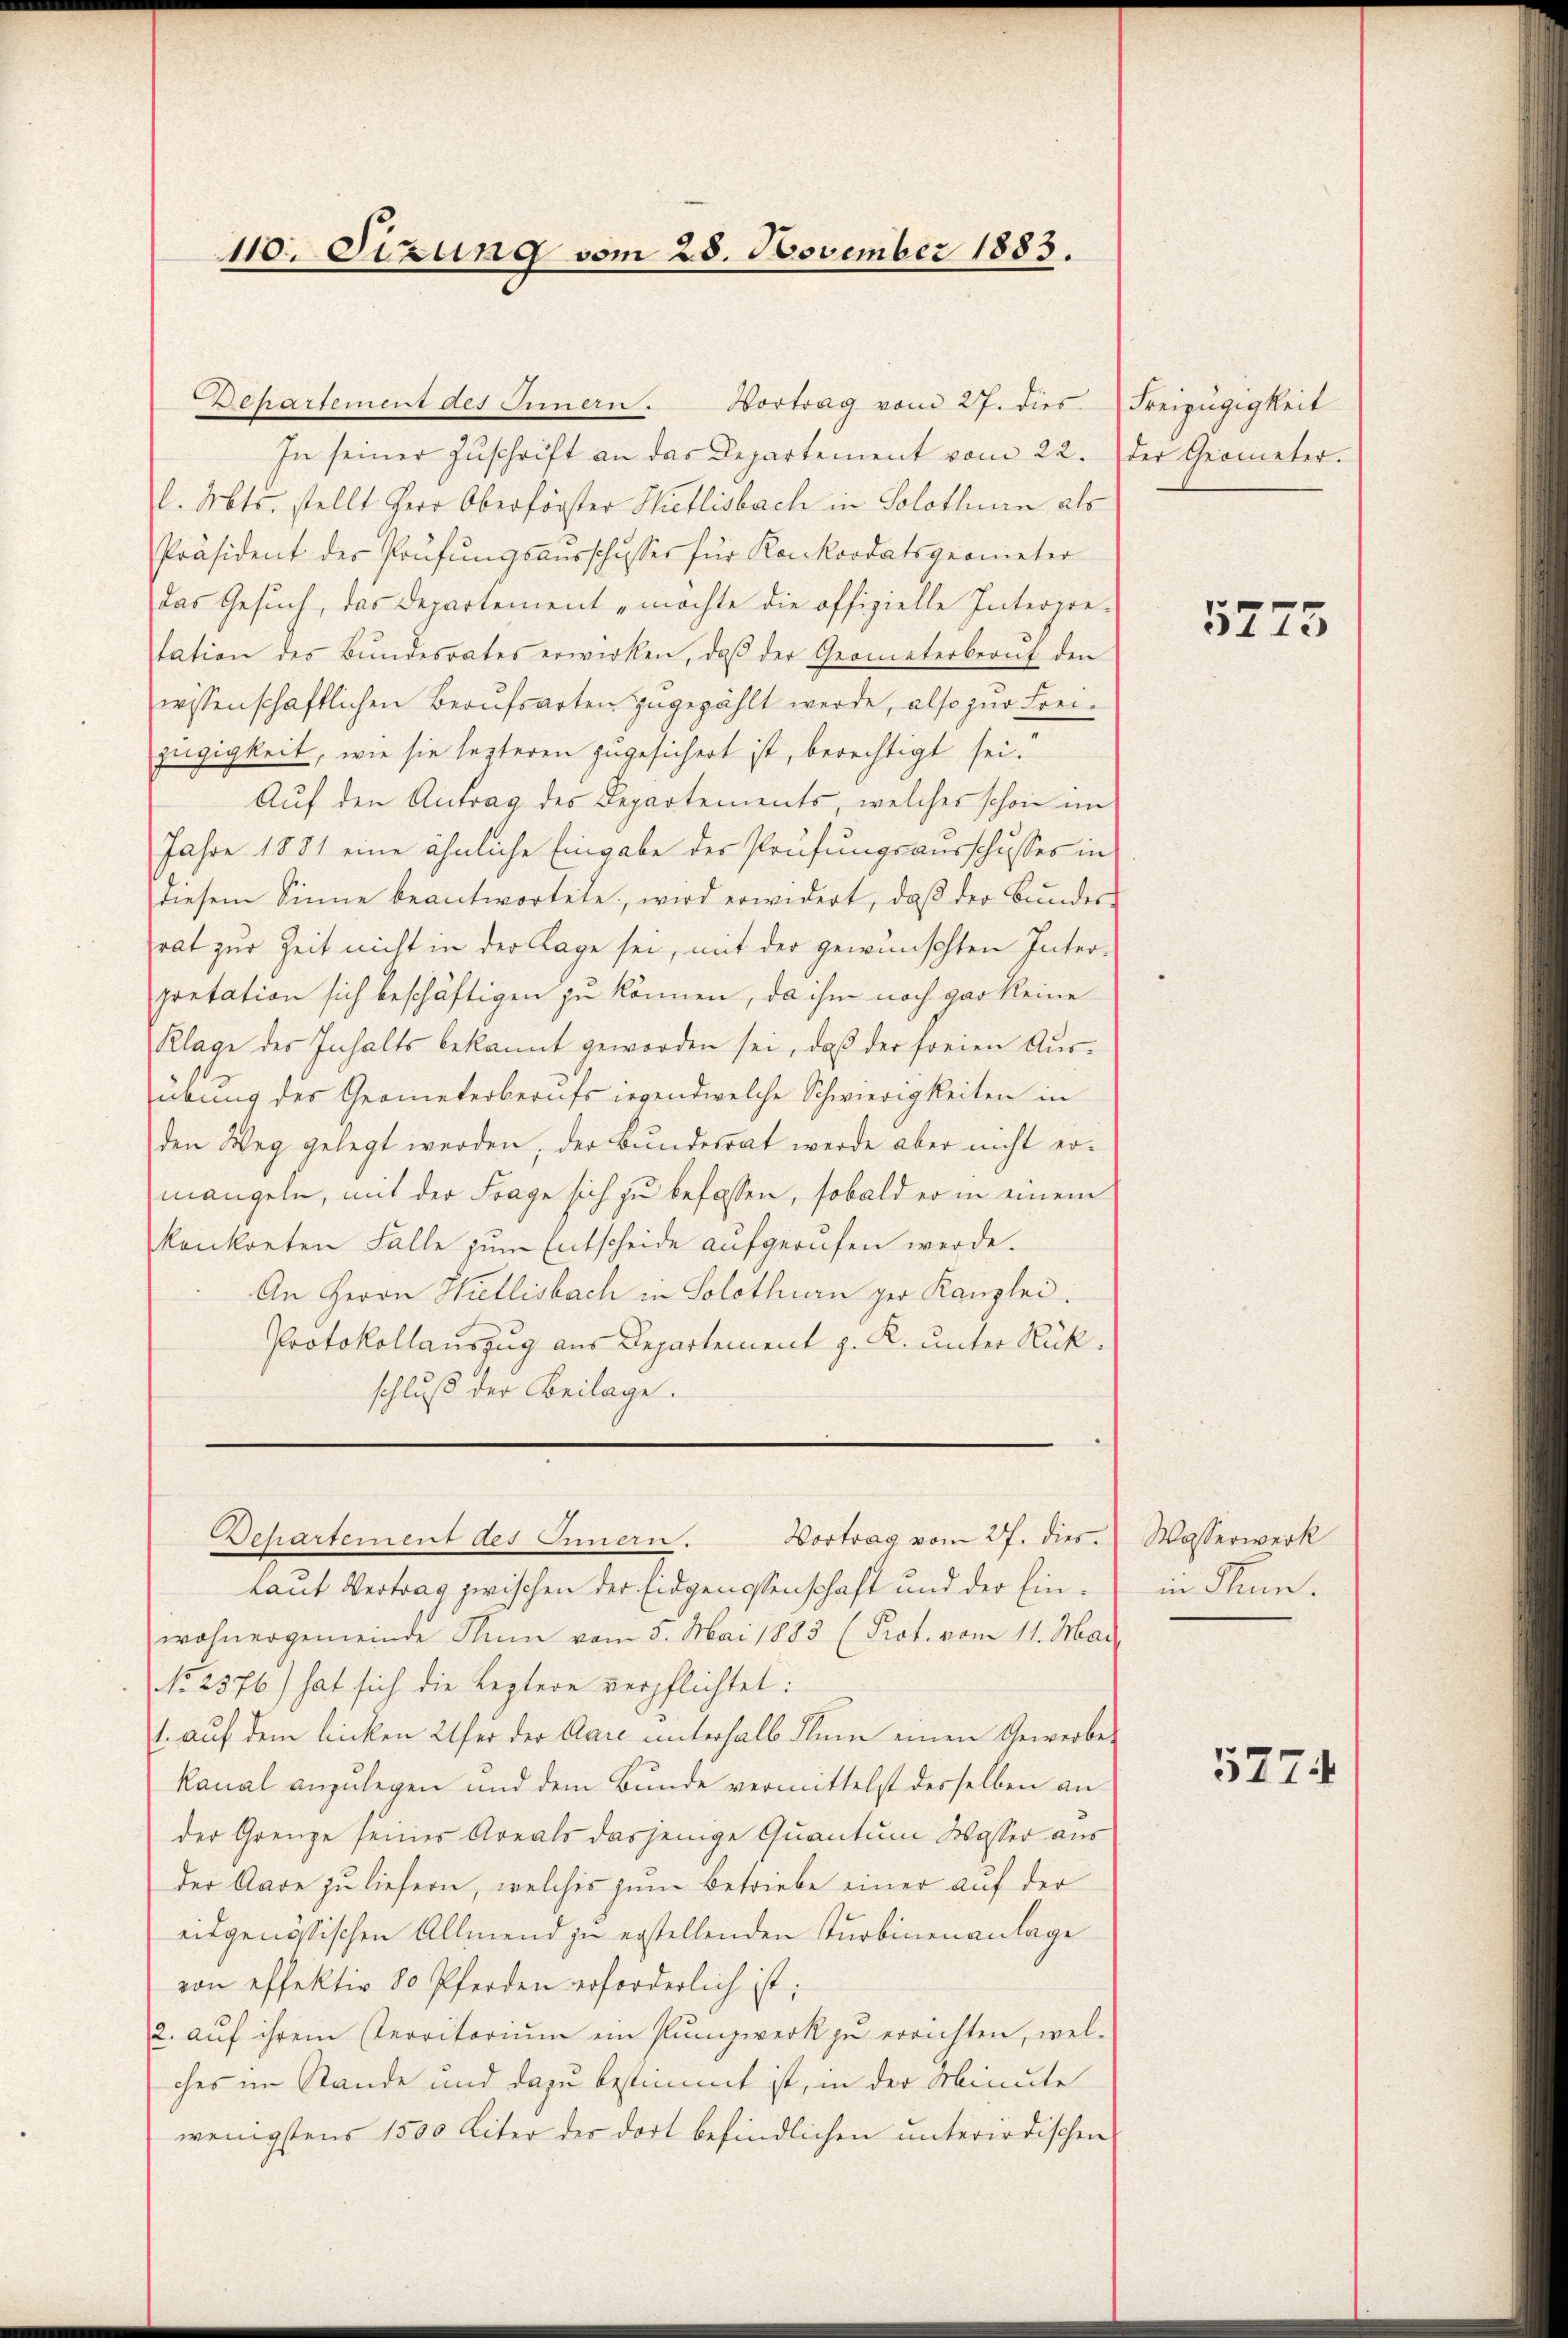
Dehartement des Innern. Hortrag vom 27. dies
In seiner Zŭschrift an das Departement vom 22. der Geometer.
l. Mts. stellt Herr Oberförster Mietlisbach in Solothurn als
Präsident der Prüfŭngsaŭsschusser für Konkordatsgeometer
das Gesuch, das Departement möchte die offizielle Interpretation des Bŭndesrates erwirken, daβ der Geometerberuf den
wissenschaftlichen Berufsarten zugezählt werde, also zur Freizügigkeit, wie sie lezteren zugesichert ist, berechtigt sei.
Auf den Antrag des Departements, welches schon im
Jahre 1881 eine ähnliche Eingabe der Prüfungsausschusses in
diesem Sinne beantwortete, wird erwidert, daβ der Bŭndes-
rat zur Zeit nicht in der Lage sei, mit der gewünschten Inter-
pretation sich beschäftigen zu können, da ihm noch gar keine
Klage des Inhalts bekannt geworden sei, daß der freien Ausübung des Geometerberufs irgendwelche Schwierigkeiten in
den Weg gelegt werden, der Bundesrat werde aber nicht ermangeln, mit der Frage sich zu befassen, sobald er in einem
konkreten Falle zum Entscheide aufgerufen werde.
An Herrn Willisbach in Solothurn ger Kanzlei.
Protokollauszug aus Departement z. R. unter Rükschluß der Beilage.

110. Sizung vom 28. November 1883.

Departement des Innern. Vortrag vom 27. dies

Laut Vertrag zwischen der Eidgenossenschaft und der Einwohnergemeinde Rum vom 5. Mai 1883 (Prot. vom 11. Mai
No 2576) hat sich die Leztere verpflichtet:
1. auf dem licken Ufer der Aare unterhalb Flum einen Gewerbe-
kanal anzulegen und dem Bunde vermittelst desselben an
der Grenze seines Areals dasjenige Quantum Wasser aus
Der Aare zu liefern, welches zum Betriebe einer auf der
eidgenössischen Allmend zu erstellenden Turbinenanlage
von effektiv 80 Pferden erforderlich ist;
2. aŭf ihrem Perritorium ein Punzwerk zu errichten, wel-
ches im Stande und dazu bestimmt ist, in der Minute
wenigstens 1500 Liter der dort befindlichen unterirdischen

Freizügigkeit

5275

Wasserwerk
in Thun.

5774